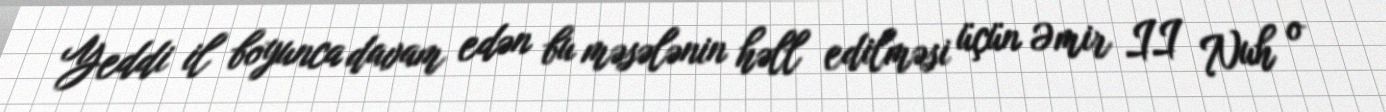
Yeddi il boyunca davam edən bu məsələnin həll edilməsi üçün Əmir II Nuh o